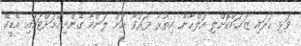
ވަޅި ހަރައި ޒަޚަމްކޮށްލި އަލްހާން އިތުރު ފަރުވާ އަށް ލަންކާ ގެންދިއުމަށްޓަކައި އޭޑީކޭ